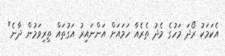
އެކަމަކު ރޯދަ މަހުގެ މެދު ތެރެއާ ހަމައަށް އަންނައިރު އަގުތައް ތިރިވަމުން ދާނެ"